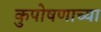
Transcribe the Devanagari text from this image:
कुपोषणाच्या